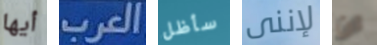
أيها العرب سأظل لإننى ان